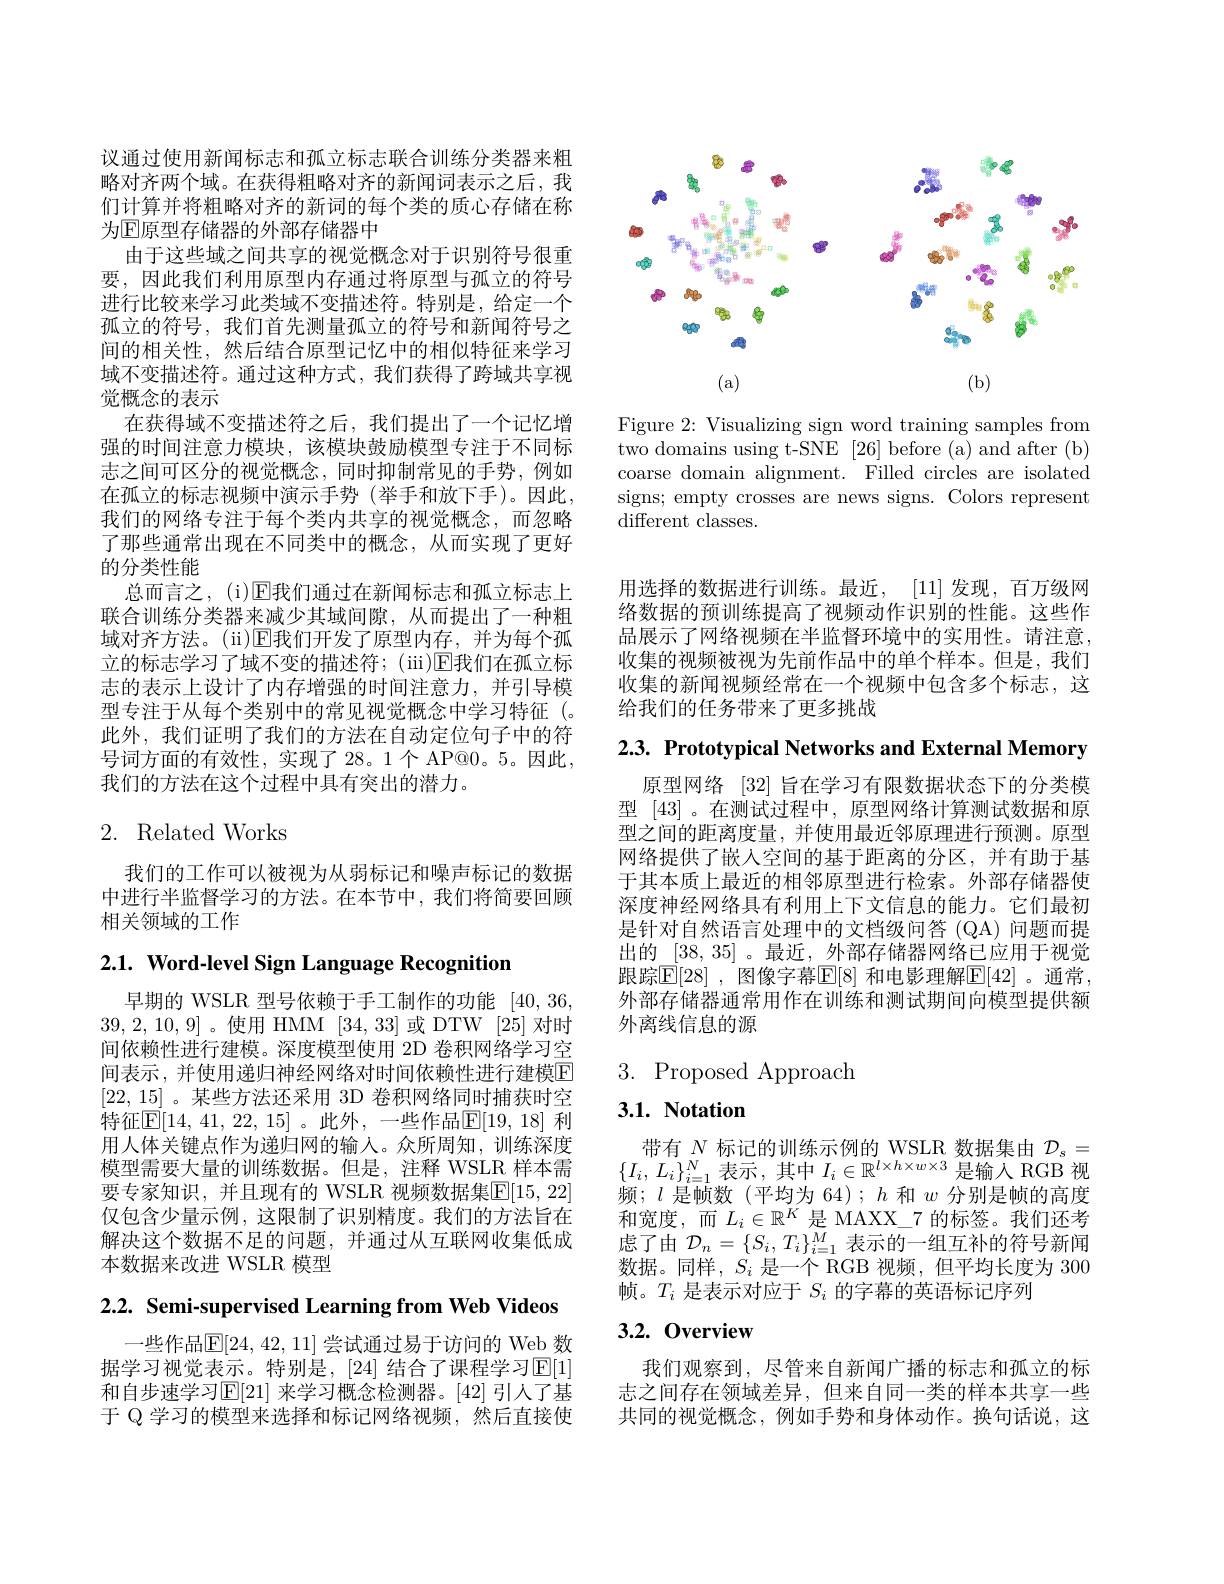
<FigureHere>

Figure 2: Visualizing sign word training samples from two domains using t-SNE [26] before (a) and after (b) coarse domain alignment. Filled circles are isolated signs; empty crosses are news signs. Colors represent different classes.

议通过使用新闻标志和孤立标志联合训练分类器来粗略对齐两个域。在获得粗略对齐的新闻词表示之后，我们计算并将粗略对齐的新词的每个类的质心存储在称
为$\mathbb{E}$原型存储器的外部存储器中
由于这些域之间共享的视觉概念对于识别符号很重要，因此我们利用原型内存通过将原型与孤立的符号进行比较来学习此类域不变描述符。特别是，给定一个孤立的符号，我们首先测量孤立的符号和新闻符号之间的相关性，然后结合原型记忆中的相似特征来学习域不变描述符。通过这种方式，我们获得了跨域共享视觉概念的表示
在获得域不变描述符之后，我们提出了一个记忆增强的时间注意力模块，该模块鼓励模型专注于不同标志之间可区分的视觉概念，同时抑制常见的手势，例如在孤立的标志视频中演示手势(举手和放下手)。因此， 我们的网络专注于每个类内共享的视觉概念，而忽略了那些通常出现在不同类中的概念，从而实现了更好的分类性能
总而言之，(i)E我们通过在新闻标志和孤立标志上联合训练分类器来减少其域间隙，从而提出了一种粗域对齐方法。(ii)E我们开发了原型内存，并为每个孤立的标志学习了域不变的描述符；(iii)E我们在孤立标志的表示上设计了内存增强的时间注意力，并引导模型专注于从每个类别中的常见视觉概念中学习特征(。此外，我们证明了我们的方法在自动定位句子中的符号词方面的有效性，实现了28。1个 AP@0。5。因此， 我们的方法在这个过程中具有突出的潜力。

## 2. Related Works

我们的工作可以被视为从弱标记和噪声标记的数据中进行半监督学习的方法。在本节中，我们将简要回顾相关领域的工作

# 2.1. Word-level Sign Language Recognition

早期的 WSLR 型号依赖于手工制作的功能[40,36, 39,2,10,9]。使用 HMM [34,33] 或 DTW[25]对时间依赖性进行建模。深度模型使用 2D 卷积网络学习空间表示，并使用递归神经网络对时间依赖性进行建模E [22,15] 。某些方法还采用 3D 卷积网络同时捕获时空特征$\mathbb{E}[14,41,22,15]$。此外，一些作品$\mathbb{E}[19,18]$ 利用人体关键点作为递归网的输入。众所周知，训练深度模型需要大量的训练数据。但是，注释 WSLR 样本需要专家知识，并且现有的 WSLR 视频数据集$\boxed{\mathrm{E}}[15,22]$ 仅包含少量示例，这限制了识别精度。我们的方法旨在解决这个数据不足的问题，并通过从互联网收集低成本数据来改进 WSLR 模型

2.2. Semi-supervised Learning from Web Videos

一些作品$\mathbb{E}[24,42,11]$ 尝试通过易于访问的 Web 数据学习视觉表示。特别是，[24] 结合了课程学习$\operatorname{E}[1]$ 和自步速学习$\operatorname{E}[21]$ 来学习概念检测器。[42] 引人了基于 Q 学习的模型来选择和标记网络视频，然后直接使

用选择的数据进行训练。最近，[11] 发 现 , 百 万 级 网 络数据的预训练提高了视频动作识别的性能。这些作品展示了网络视频在半监督环境中的实用性。请注意， 收集的视频被视为先前作品中的单个样本。但是，我们收集的新闻视频经常在一个视频中包含多个标志，这给我们的任务带来了更多挑战

$2. 3. \textbf{ Prototypical Networks and External Memory}$

原型网络[32]旨在学习有限数据状态下的分类模型 [43] 。在测试过程中，原型网络计算测试数据和原型之间的距离度量，并使用最近邻原理进行预测。原型网络提供了嵌入空间的基于距离的分区，并有助于基于其本质上最近的相邻原型进行检索。外部存储器使深度神经网络具有利用上下文信息的能力。它们最初是针对自然语言处理中的文档级问答 (QA) 问题而提出的 [38,35]。最近，外部存储器网络已应用于视觉跟踪$\mathbb{E}[28]$ ,图像字幕$\mathbb{E}[8]$ 和电影理解$\mathbb{E}[42]$ 。通常， 外部存储器通常用作在训练和测试期间向模型提供额外离线信息的源

3. Proposed Approach

## $3. 1. \textbf{ Notation}$

带有$N$标记的训练示例的 WSLR 数据集由$\mathcal{D}_s=\{I_i,L_i\}_{i=1}^N$表示 , 其中$I_i\in\mathbb{R}^{l\times h\times w\times3}$是输入 RGB 视频；$l$是帧数(平均为 64);$h$和$w$分别是帧的高度和宽度，而$L_i\in\mathbb{R}^K$是 MAXX\_7 的标签。我们还考虑了由$\mathcal{D}_n=\{S_i,T_i\}_{i=1}^M$表示的一组互补的符号新闻数据。同样，$S_i$是一个 RGB 视频，但平均长度为 300帧。$T_i$是表示对应于$S_i$的字幕的英语标记序列

## 3.2.0verview

我们观察到，尽管来自新闻广播的标志和孤立的标志之间存在领域差异，但来自同一类的样本共享一些共同的视觉概念，例如手势和身体动作。换句话说，这